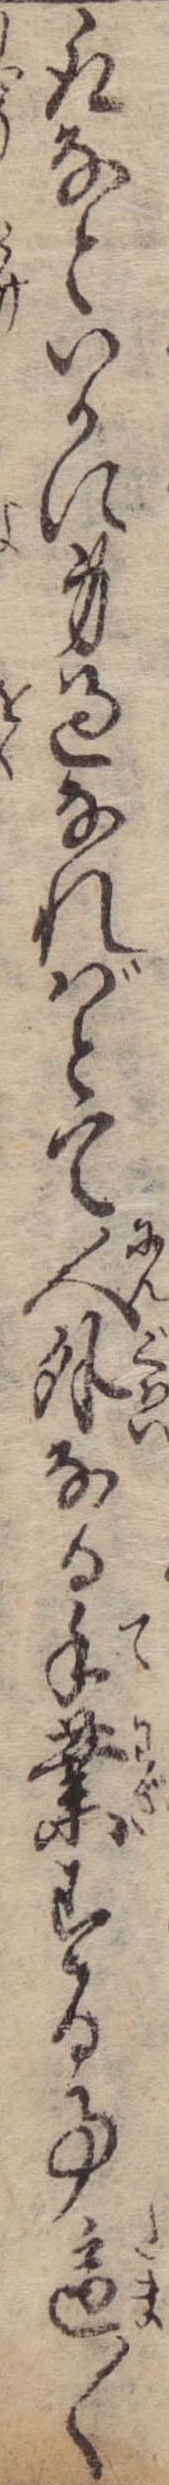
取なといかに身過なればとて人外なる手業する事適〱